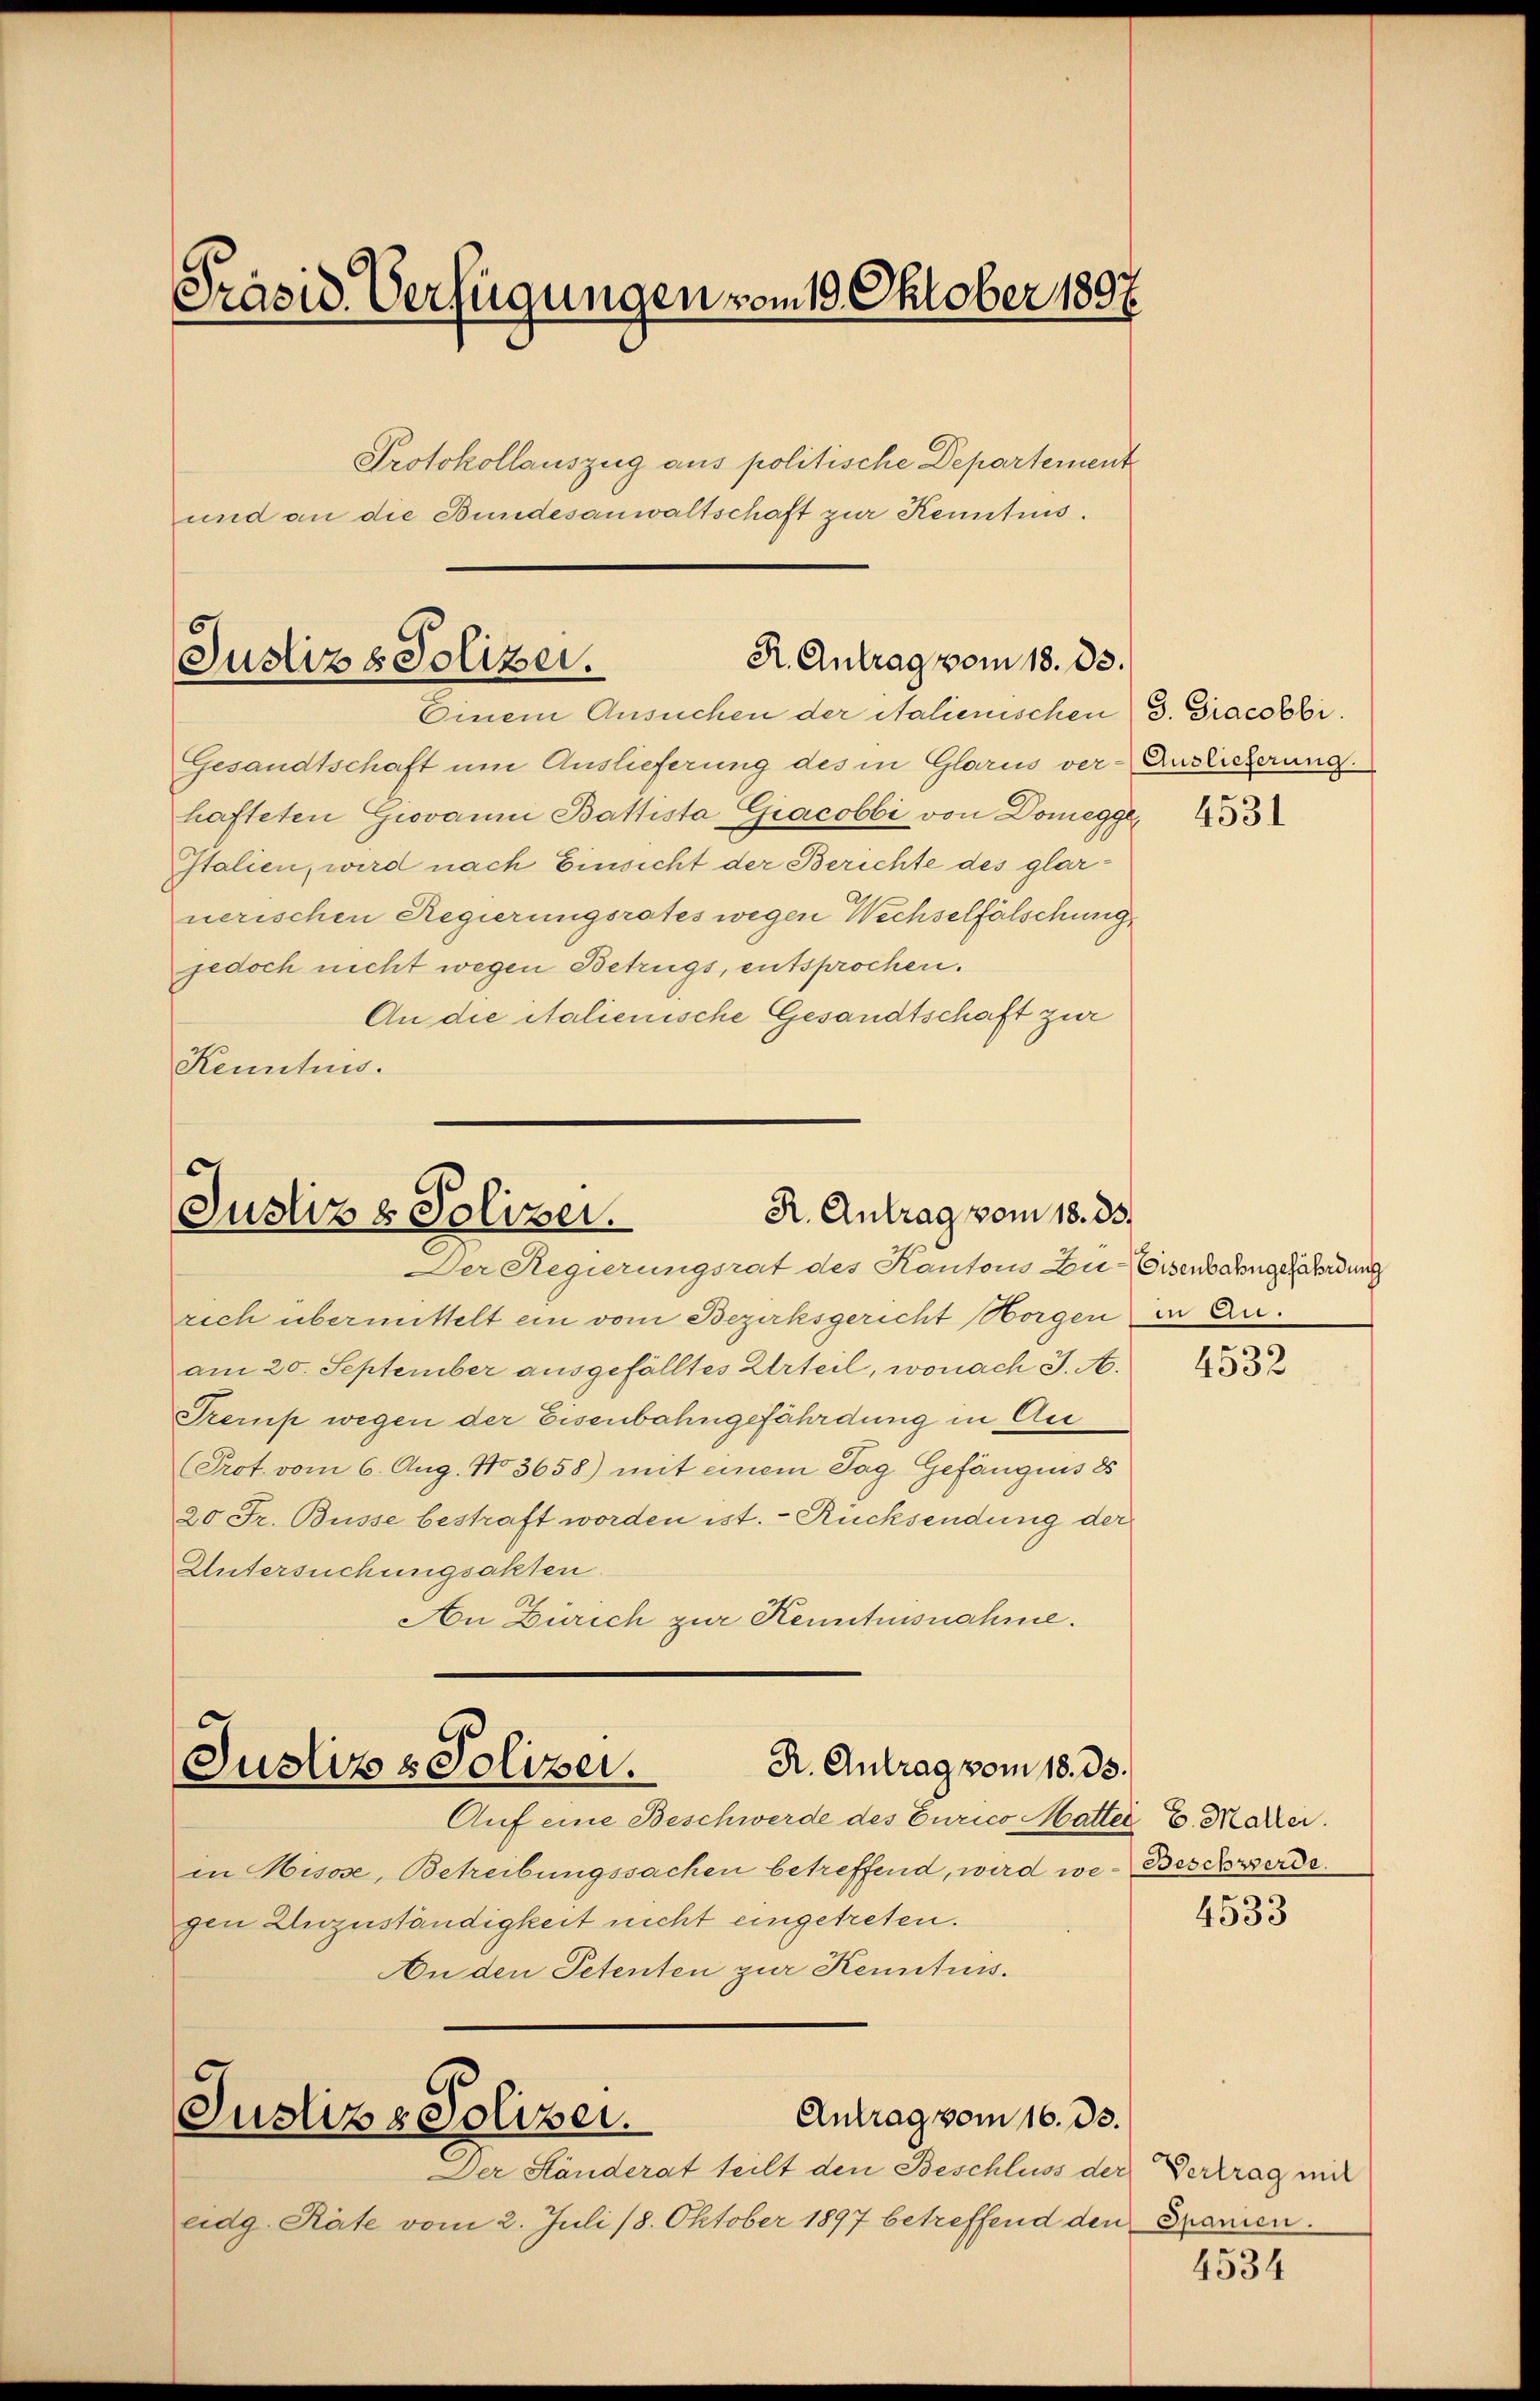
Präsid. Verfügungen vom 19. Oktober 1897
Protokollauszug aus politische Departement
und an die Bundesanwaltschaft zur Kenntnis.

R. Antrag vom 18. ds.
Justizs Polizei.
Einem Ansuchen der Salienischen 3. Gracobbi.

Gesandtschaft um Auslieferung des in Glarus ver-Anslicherung.
hafteten Giovanni Battista Giacobbi von Domegge
Italien, wird nach Einsicht der Berichte des glarnerischen Regierungsrates wegen Wechselfälschung,
jedoch nicht wegen Betrugs, entsprochen.
An die italienische Gesandtschaft zur
Kenntnis.

R. Antrag vom 18. 33.
Justiz & Polizei.

Der Regierungsrat des Kantons Zu-Eisenbahngesendung
rich übermittelt ein vom Bezirksgericht Horgen in Anam 20. September ausgefälltes Urteil, wonach J. A.
Tremp wegen der Eisenbahngefährdung in Au
(Prot. vom 6. Aug. No 3658) mit einem Tag Gefängnis d
20 Fr. Busse bestraft worden ist. - Rücksendung der
Untersuchungsakten.
An Zürich zur Kenntnisnahme.
C

R. Antrag vom 18. 33.
Justiz & Polizei.

Auf eine Beschwerde des Curico Matter E. Maler.
in Hisose, Betreibungssachen betreffend, wird wegen Unzuständigkeit nicht eingetreten.
An den Petenten zur Kenntnis.
Antrag vom 16. ds.
Justiz & Polizei.
Der Ständerat teilt den Beschluss der Vertrag mit
eidg. Räte vom 2. Juli 18. Oktober 1897 betreffend den Spanien.

4531

4532

Beschwerde.

4533

4534